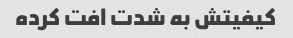
کیفیتش به شدت افت کرده